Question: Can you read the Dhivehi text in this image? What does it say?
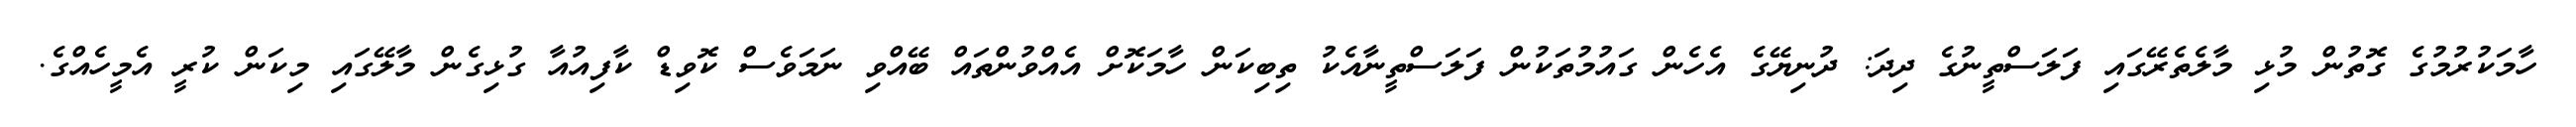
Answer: ހާމަކުރުމުގެ ގޮތުން މުޅި މާލެތެރޭގައި ފަލަސްތީނުގެ ދިދަ: ދުނިޔޭގެ އެހެން ގައުމުތަކުން ފަލަސްތީނާއެކު ތިބިކަން ހާމަކޮށް އެއްވުންތައް ބޭއްވި ނަމަވެސް ކޮވިޑް ކާފިއުއާ ގުޅިގެން މާލޭގައި މިކަން ކުރީ އެމީހެއްގެ.